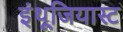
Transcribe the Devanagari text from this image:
इंथूजियास्ट